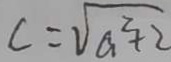
c = \sqrt { a ^ { 2 } + 2 }